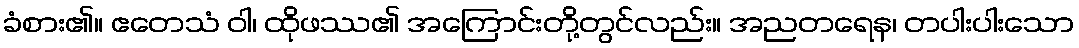
ခံစား၏။ ဧတေသံ ဝါ၊ ထိုဖဿ၏ အကြောင်းတို့တွင်လည်း။ အညတရေန၊ တပါးပါးသော